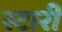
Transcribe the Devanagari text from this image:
स्टारी